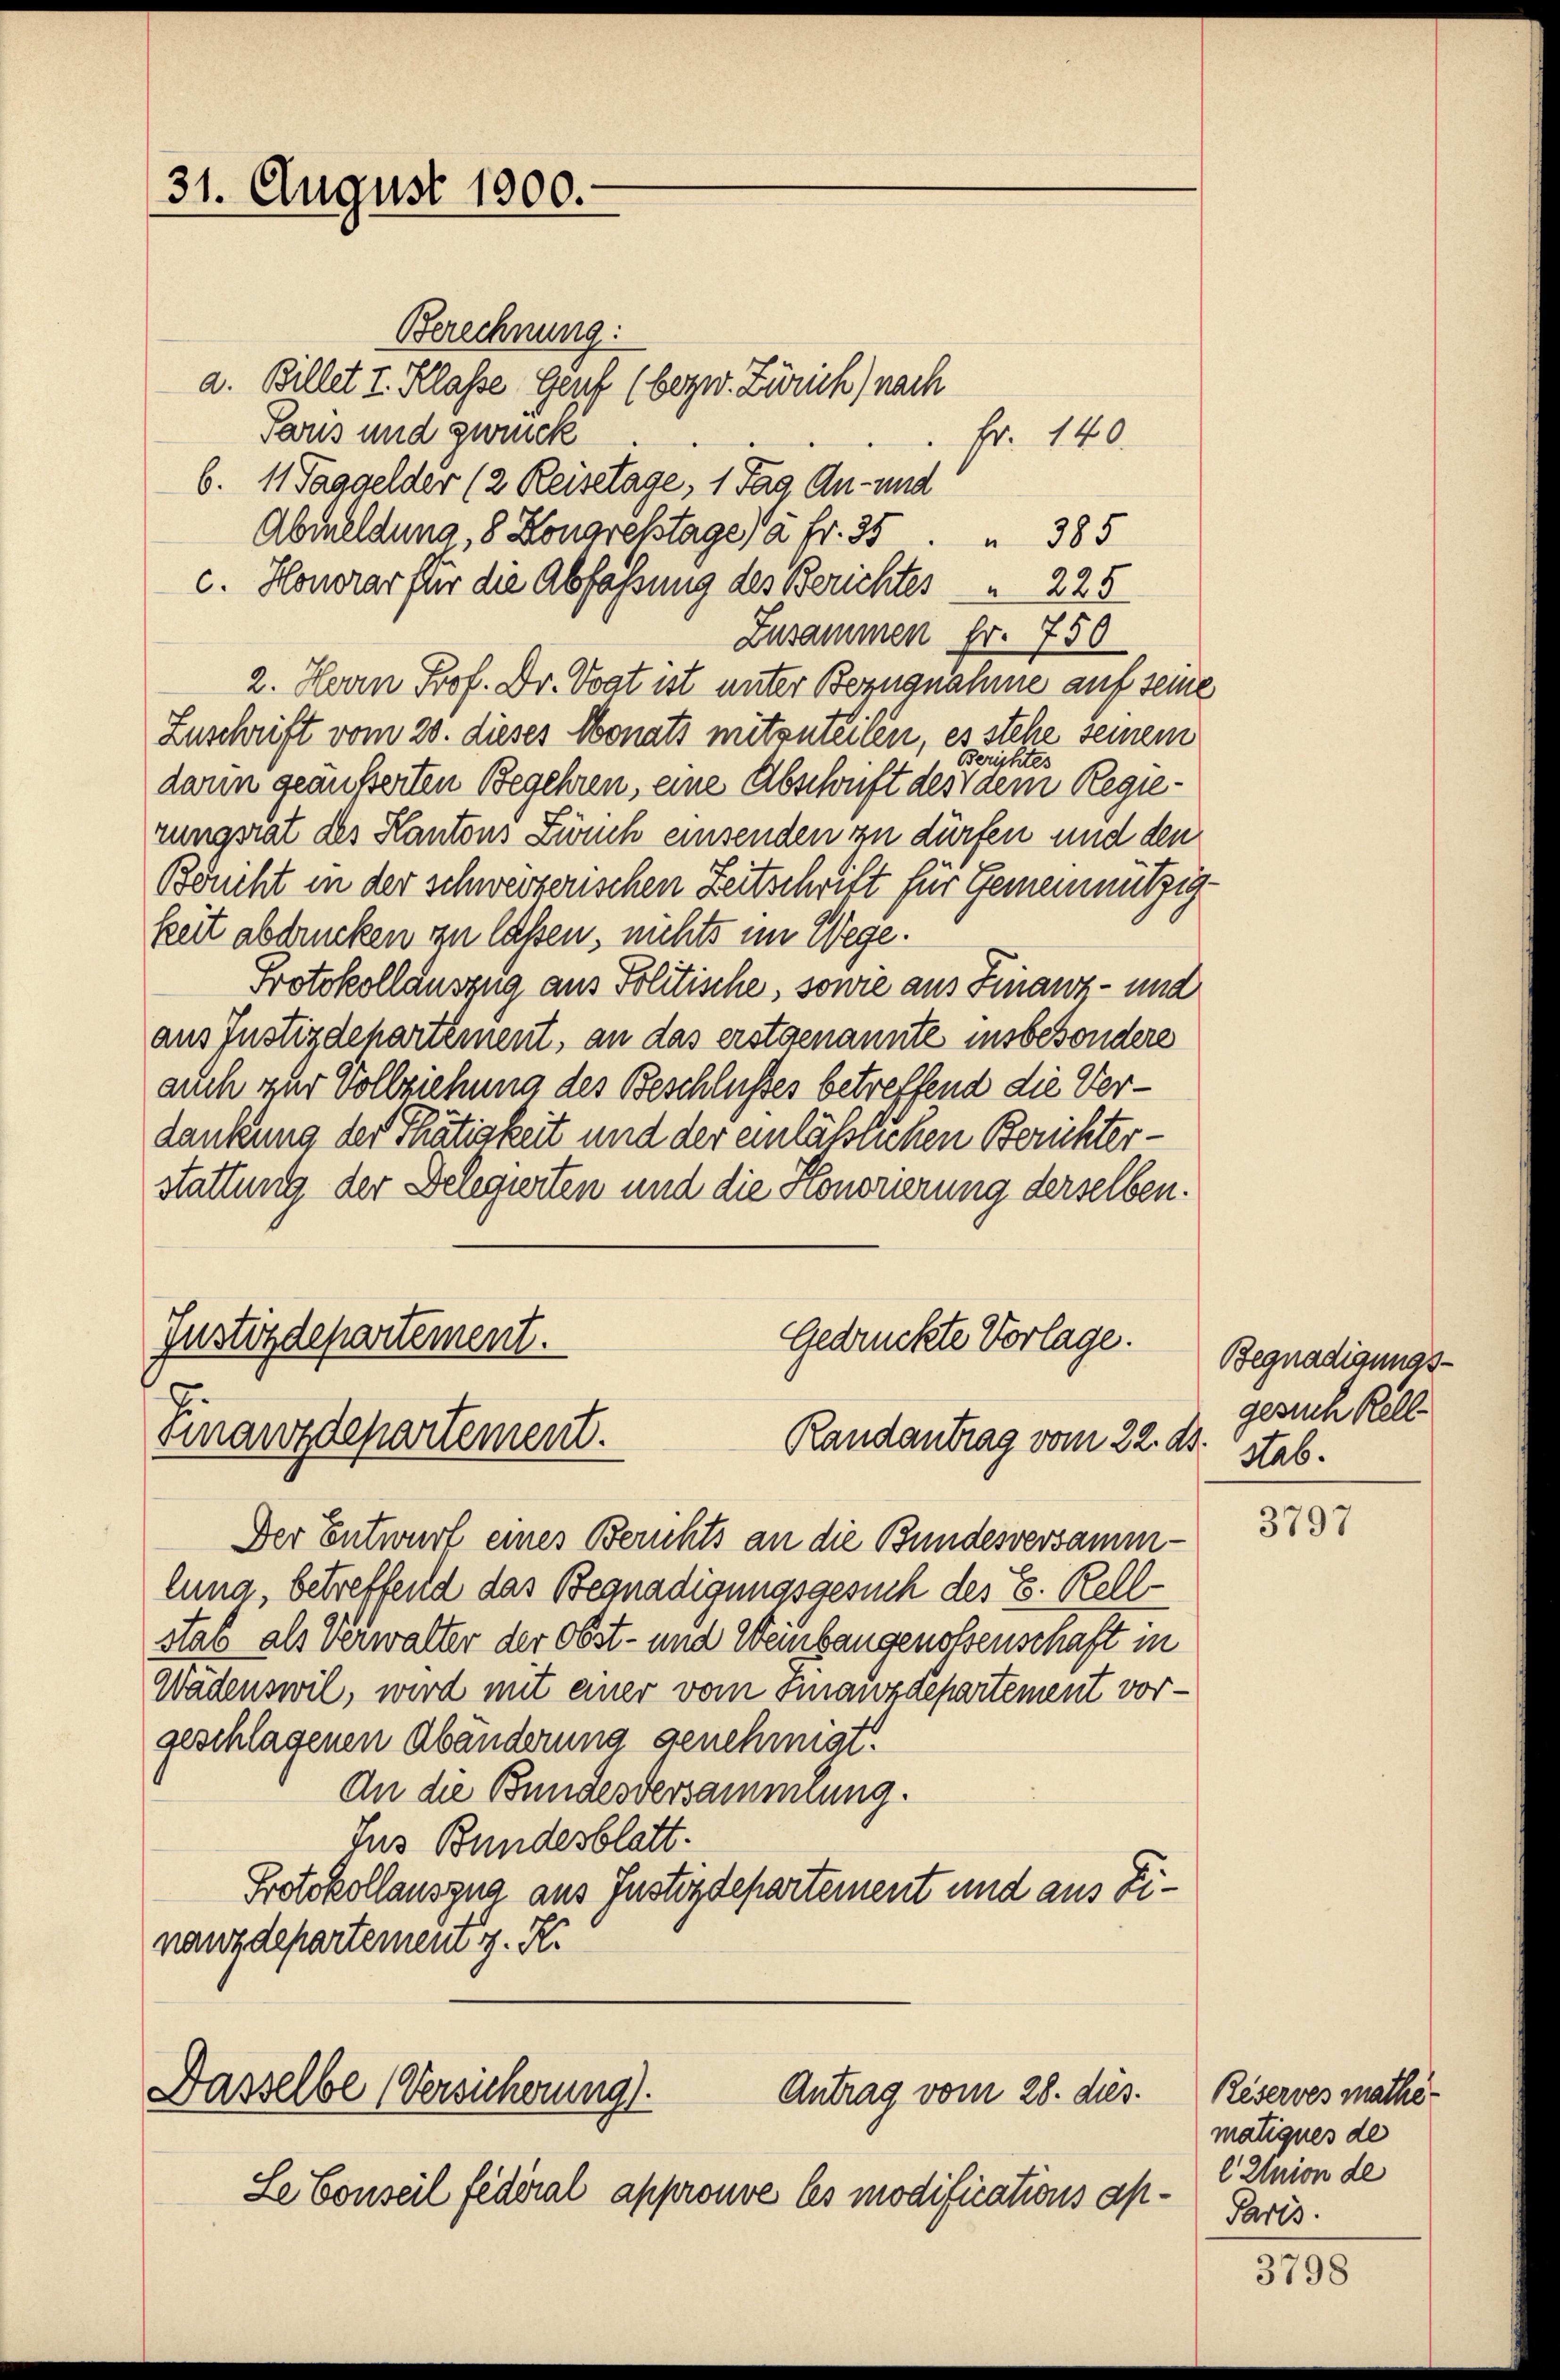
31. August 1900.

Berechnung:
a. Billet I. Klasse Genf (bezw. Zürich) nach
Parus und zweck
Fr. 140.
6. 11 Taggelder (2 Reisetage, 1 Tag. An- und
Abmeldung, 8 Donarchstage à Fr. 35
 385
c. Honorar für die Abfassung des Berichtes   225
Zusammen fr. 750
2. Herrn Prof. Dr. Voat ist unter Bezugnahme auf seine
Zuschrift vom 20. dieses Monats mitzuteilen, es stehe seinem
Berichtes
darin geäusserten Begehren, eine Abschrift des dem Regierungsrat des Kantons Zwuch einsenden zu dürfen und den
Böniht in der schweizerischen Zeitschrift für Gemeinnützigkeit abdrucken zu laßen, nichts im Wege.
Protokollauszug aus Politische, sowie aus Finanz- und
aus Justizdepartement, an das erstgenannte insbesondere
auch zur Vollziehung des Beschlußes betreffend die Verdankung der Thätigkeit und der einläßlichen Berichter-
stattung der Delegierten und die Honorierung derselben.

Justizdepartement.
Gedrückte Vorlage.
Finanzdepartement.
Randantrag vom 22. ds.

Der Entwurf eines Berichts an die Bundesversammlung, betreffend das Begnadigungsgesuch des E. Rellstab als Verwalter der Obst- und Weinbaugenossenschaft in
Wädenswil, wird mit einer vom Finanzdepartement vorgeschlagenen Abänderung genehmigt.
An die Bundesversammlung.
Jus Bundesblatt.
Protokollausgna aus Justizdepartement und aus Einanzdepartement z. R.

Hasselbe (Versicherung.
Antrag vom 28. dies.

Le bonseil fédéral approuve les modifications ap¬

Begnadigungs-
gesuch Kell
stab.

3797

Reserves mathe-
matiques de
l Union de
Paris.

3798